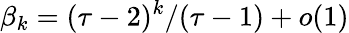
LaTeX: \beta_{k}=(\tau-2)^{k}/(\tau-1)+o(1)